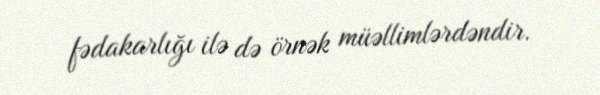
fədakarlığı ilə də örnək müəllimlərdəndir.